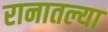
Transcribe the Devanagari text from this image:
रानातल्या